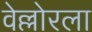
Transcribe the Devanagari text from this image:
वेल्लोरला